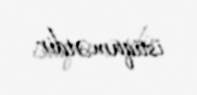
istiqamətdir.